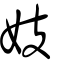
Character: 妓